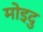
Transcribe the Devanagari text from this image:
मोइदु